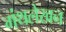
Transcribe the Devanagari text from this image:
गंथलेखन